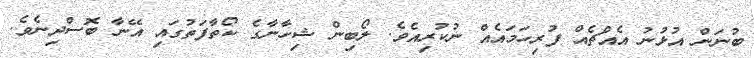
ބުނަން އުޅުނު އެއްޗެއް ފުރިހަމައެއް ނުކުރިއެވެ. ލޯބިން ޝިހާނާގެ ކޯތާފަތުގައި އޭނާ ބޮސްދިނެވެ.